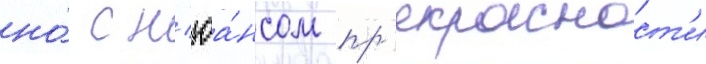
но́ с н'юа́нсом пр'екрасност'и